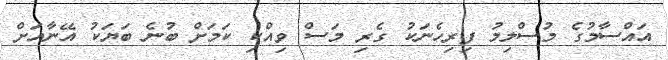
އައްސާމުގެ މުސްލިމު ފިރިހެނަކު ގެރި މަސް ވިއްކި ކަމަށް ބުނެ ބަޔަކު އޭނާއަށް